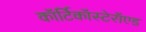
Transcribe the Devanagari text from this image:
कॉर्टिकॉस्टेरॉएड